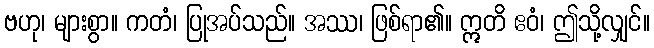
ဗဟု၊ များစွာ။ ကတံ၊ ပြုအပ်သည်။ အဿ၊ ဖြစ်ရာ၏။ ဣတိ ဧဝံ၊ ဤသို့လျှင်။